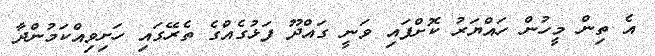
އެ ތިން މީހުން ހައްޔަރު ކޮށްފައި ވަނީ ގައްދޫ ފަޅުގެއްގެ ތެރޭގައި ހަށިވިއްކަމުންދާ